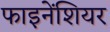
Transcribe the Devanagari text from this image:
फाइनेंशियर